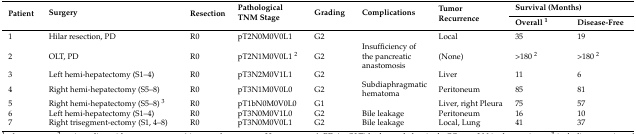
<table><thead><tr><td rowspan="2"><b>Patient</b></td><td rowspan="2"><b>Surgery</b></td><td rowspan="2"><b>Resection</b></td><td rowspan="2"><b>Pathological TNM Stage</b></td><td rowspan="2"><b>Grading</b></td><td rowspan="2"><b>Complications</b></td><td rowspan="2"><b>Tumor Recurrence</b></td><td colspan="2"><b>Survival (Months)</b></td></tr><tr><td><b>Overall <sup>1</sup></b></td><td><b>Disease-Free</b></td></tr></thead><tbody><tr><td>1</td><td>Hilar resection, PD</td><td>R0</td><td>pT2N0M0V0L1</td><td>G2</td><td></td><td>Local</td><td>35</td><td>19</td></tr><tr><td>2</td><td>OLT, PD</td><td>R0</td><td>pT2N1M0V0L1 <sup>2</sup></td><td>G2</td><td>Insufficiency of the pancreatic anastomosis</td><td>(None)</td><td>&gt;180 <sup>2</sup></td><td>&gt;180 <sup>2</sup></td></tr><tr><td>3</td><td>Left hemi-hepatectomy (S1–4)</td><td>R0</td><td>pT3N2M0V1L1</td><td>G2</td><td></td><td>Liver</td><td>11</td><td>6</td></tr><tr><td>4</td><td>Right hemi-hepatectomy (S5–8)</td><td>R0</td><td>pT3N1M0V0L0</td><td>G2</td><td>Subdiaphragmatic hematoma</td><td>Peritoneum</td><td>85</td><td>81</td></tr><tr><td>5</td><td>Right hemi-hepatectomy (S5–8) <sup>3</sup></td><td>R0</td><td>pT1bN0M0V0L0</td><td>G1</td><td></td><td>Liver, right Pleura</td><td>75</td><td>57</td></tr><tr><td>6</td><td>Left hemi-hepatectomy (S1–4)</td><td>R0</td><td>pT3N0M0V1L0</td><td>G2</td><td>Bile leakage</td><td>Peritoneum</td><td>16</td><td>10</td></tr><tr><td>7</td><td>Right trisegment-ectomy (S1, 4–8)</td><td>R0</td><td>pT3N0M0V0L1</td><td>G2</td><td>Bile leakage</td><td>Local, Lung</td><td>41</td><td>37</td></tr></tbody></table>